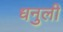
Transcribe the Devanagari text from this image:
धनुली